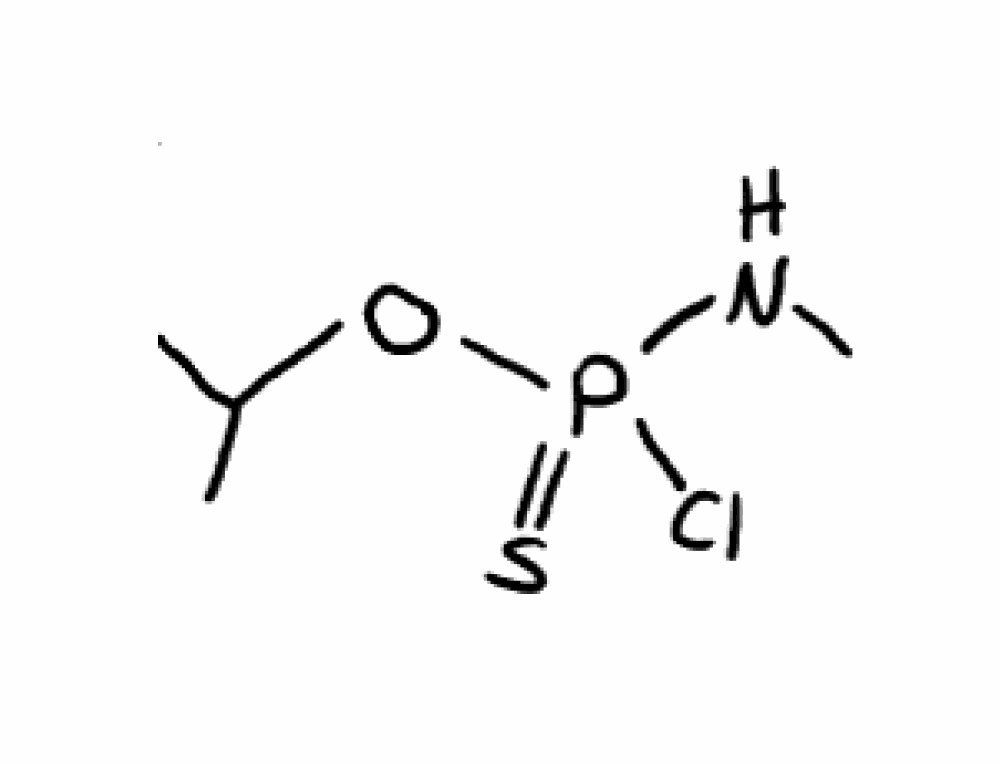
Simplified molecular-input line-entry system (SMILES) notation of the given molecule:
CC(C)OP(=S)(NC)Cl